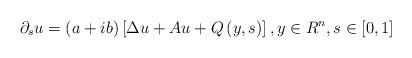
LaTeX: \begin{align*}\partial _{s}u=\left( a+ib\right) \left[ \Delta u+Au+Q\left( y,s\right) \right] ,y\in R^{n},s\in \left[ 0,1\right] \end{align*}